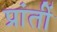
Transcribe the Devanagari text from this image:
प्रांतीं